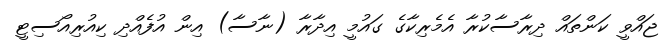
ޖައްވީ ކަންތައް ދިރާސާކުރާ އެމެރިކާގެ ގައުމީ އިދާރާ (ނާސާ) އިން އުފެއްދި ކިއުރިއޯސިޓީ